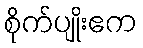
စိုက်ပျိုးဧက